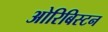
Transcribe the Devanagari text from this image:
ओरिबिस्टन